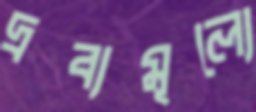
দ্রব্যমূল্যে